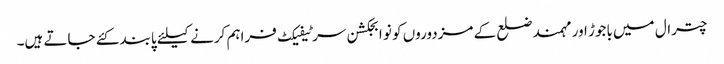
چترال میں باجوڑ اور مہمند ضلع کے مزدوروں کو نو ابجکشن سرٹیفیکٹ فراہم کرنے کیلئے پابند کئے جاتے ہیں۔